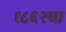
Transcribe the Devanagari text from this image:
१८६२चा